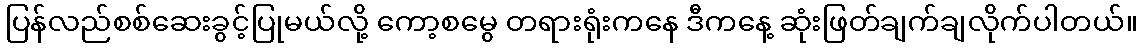
ပြန်လည်စစ်ဆေးခွင့်ပြုမယ်လို့ ကော့စမွေ တရားရုံးကနေ ဒီကနေ့ ဆုံးဖြတ်ချက်ချလိုက်ပါတယ်။